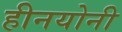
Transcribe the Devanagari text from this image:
हीनयोनी